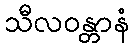
သီလဝန္တာနံ